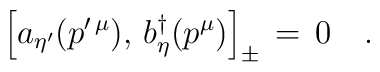
\left[a_{\eta^\prime}( p^{\prime\,\mu}),\,b^\dagger_\eta(p^\mu)\right]_\pm\,=\,0\quad.